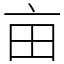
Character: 亩